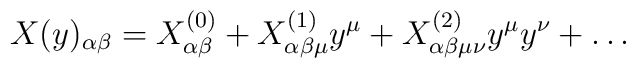
X(y)_{\alpha\beta}=X^{(0)}_{\alpha\beta}+X^{(1)}_{\alpha\beta\mu}y^\mu+X^{(2)}_{\alpha\beta\mu\nu}y^\mu y^\nu+\dots